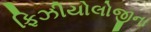
ફિઝીયોલોજીના